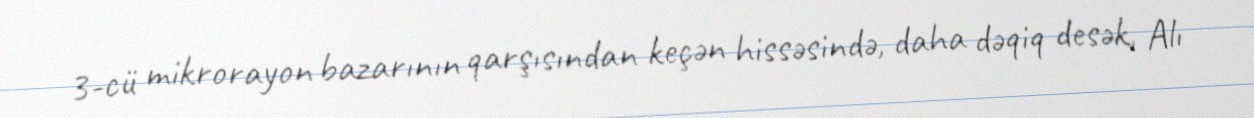
3-cü mikrorayon bazarının qarşısından keçən hissəsində, daha dəqiq desək, Alı